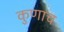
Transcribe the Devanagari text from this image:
कुणाच